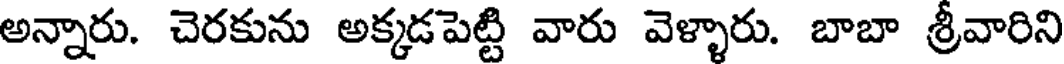
అన్నారు. చెరకును అక్కడపెట్టి వారు వెళ్ళారు. బాబా శ్రీవారిని